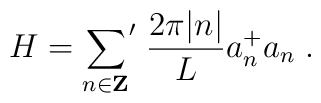
H= {\sum_{n\in{\bf Z}}}'\;\frac{2\pi |n|}{L} a_{n}^{+}a_{n}\;.